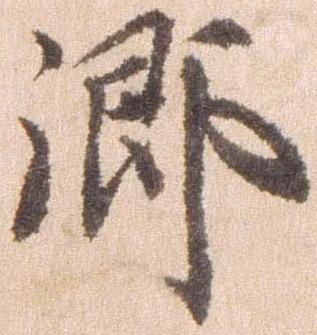
郷